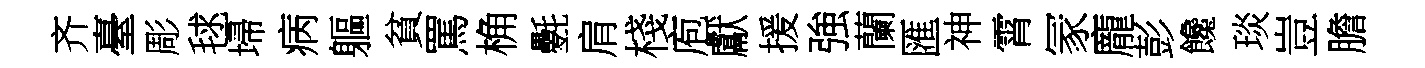
齐臺彫毬埽病軀貧罵桷氎肩棧庖獻援強蘭匯神霄冡龐彭饞琰豈膽